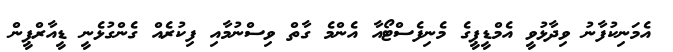
އެމަނިކުފާނު ވިދާޅުވީ އެމްޑީޕީގެ މެނިފެސްޓޯއާ އެންމެ ގާތް ވިސްނުމާއި ފިކުރެއް ގެންގުޅެނީ ޑީއާރްޕީން